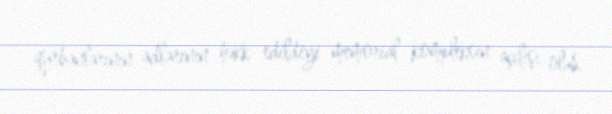
qurbanlarının adlarının həkk edildiyi memorial kompleksin açılışı olub.